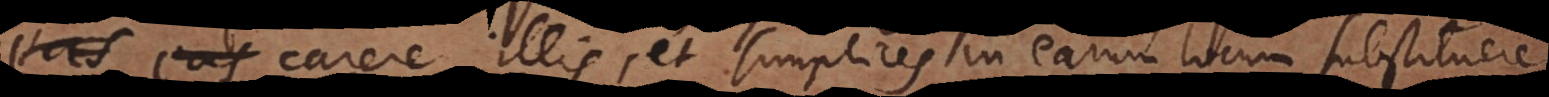
eas carere illis, et simplices in earum locum substituer